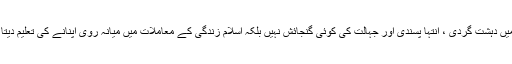
اس میں دہشت گردی ، انتہا پسندی اور جہالت کی کوئی گنجائش نہیں بلکہ اسلام زندگی کے معاملات میں میانہ روی اپنانے کی تعلیم دیتا ہے۔